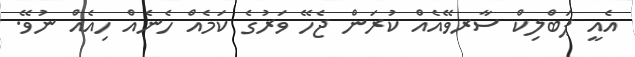
އެއީ ޕަބްލިކް ސާރވޭއެއް ކުރަން ޖެހޭ ވަރުގެ ކަމެއް ހެނެއް ހިއެއް ނުވޭ.